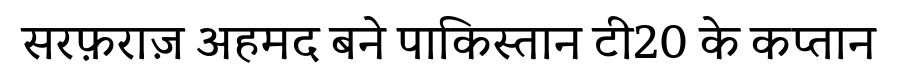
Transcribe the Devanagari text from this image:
सरफ़राज़ अहमद बने पाकिस्तान टी20 के कप्तान